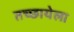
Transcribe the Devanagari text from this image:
तच्छायेला